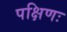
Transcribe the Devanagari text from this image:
पक्षिणः